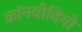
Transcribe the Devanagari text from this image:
कॉनवीवियो